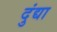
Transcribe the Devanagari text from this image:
दुंद्या